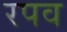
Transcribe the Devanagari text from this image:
रपव